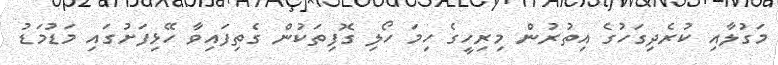
މަގުލާއި ކުރެދިގަހުގެ އިތުރުން މިރިހީގެ ހިމަ ހޯލި ގޮފިތަކުން ގެތިފައިވާ ހޭޅިފަށުގައި މަޑުމަޑު